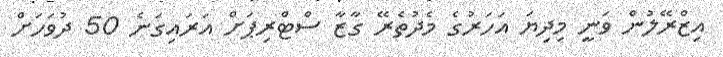
އިޒްރޭލުން ވަނީ މިދިޔަ އަހަރުގެ މެދުތެރޭ ގާޒާ ސްޓްރިޕަށް އަރައިގަނެ 50 ދުވަހަށް